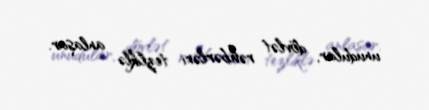
unudular, dövlət rəhbərləri tezliklə anlaşar.